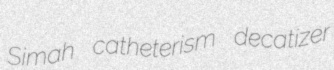
Simah catheterism decatizer